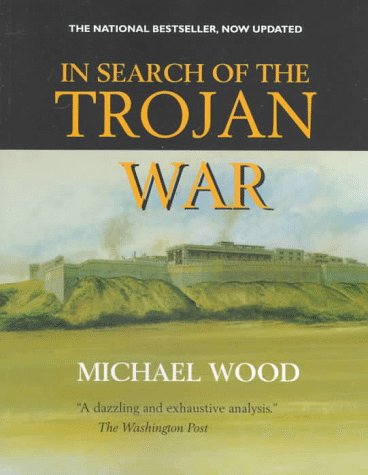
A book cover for In Search of the Trojan War, Updated edition; MichÃ¦l Wood; Literature & Fiction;